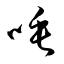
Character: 唾